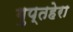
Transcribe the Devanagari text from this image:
गुप्तहेरा